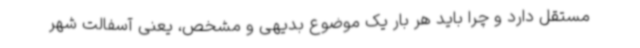
مستقل دارد و چرا باید هر بار یک موضوع بدیهی و مشخص، یعنی آسفالت شهر